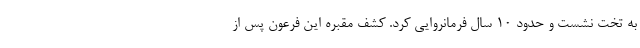
به تخت نشست و حدود ۱۰ سال فرمانروایی کرد. کشف مقبره این فرعون پس از